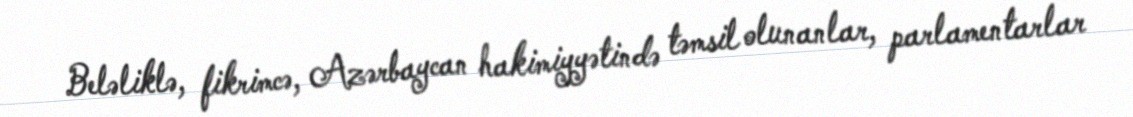
Beləliklə, fikrimcə, Azərbaycan hakimiyyətində təmsil olunanlar, parlamentarlar